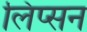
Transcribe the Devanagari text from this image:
लिप्सन